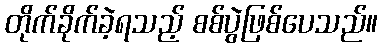
တိုက်ခိုက်ခဲ့ရသည့် စစ်ပွဲဖြစ်ပေသည်။